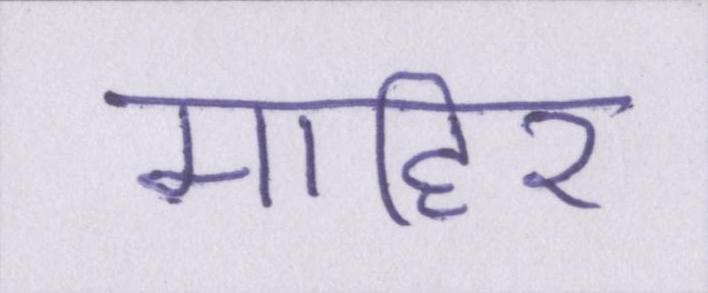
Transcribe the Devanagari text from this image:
माहिर